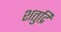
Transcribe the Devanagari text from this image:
शतुद्रि